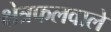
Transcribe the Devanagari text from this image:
क्षेत्रफलवाले